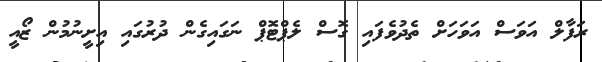
ރަފާލް އަވަސް އަވަހަށް ތެދުވެފައި ގޮސް ލެޕްޓޮޕް ނަގައިގެން ދުރުގައި އިށީނުމުން ޒޯއީ